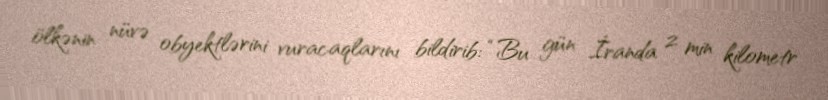
ölkənin nüvə obyektlərini vuracaqlarını bildirib: “Bu gün İranda 2 min kilometr